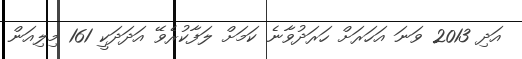
އަދި 2013 ވަނަ އަހަރަށް ހަރަދުވާނެ ކަމަށް ލަފާކުރެވޭ އަދަދަކީ 161 މިލިއަން